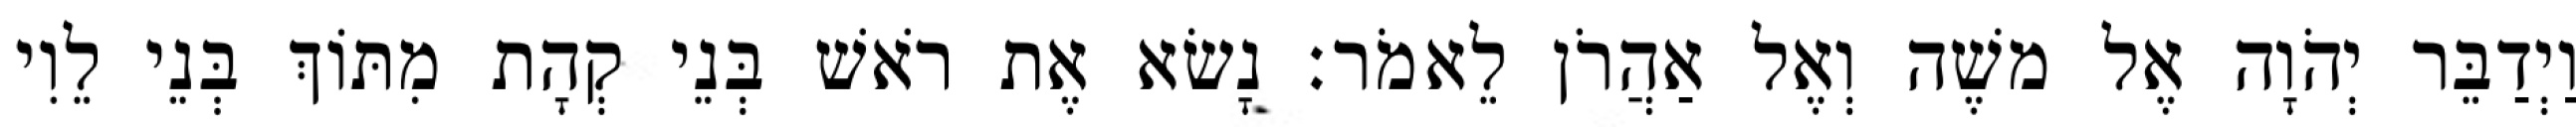
וַיְדַבֵּר יְהֹוָה אֶל משֶׁה וְאֶל אַהֲרֹן לֵאמֹר׃ נָשׂא אֶת רֹאשׁ בְּנֵי קְהָת מִתּוֹךְ בְּנֵי לֵוִי